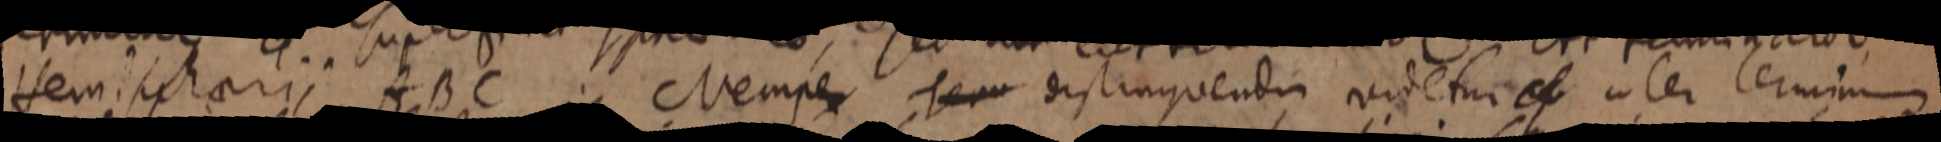
Hemisphaerii ABC Nempe Tem distinguendi videtures inter terminus